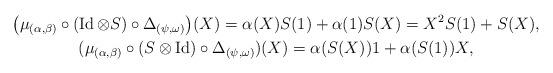
LaTeX: \begin{gather*}\big( \mu _{(\alpha ,\beta )}\circ ( \operatorname{Id}\otimes S ) \circ\Delta _{(\psi ,\omega )}\big) (X) =\alpha (X)S ( 1 ) +\alpha ( 1 ) S(X) =X^{2}S (1 ) +S(X),\\ ( \mu _{(\alpha ,\beta )}\circ ( S\otimes \operatorname{Id} ) \circ\Delta _{(\psi ,\omega )} ) (X) =\alpha ( S (X ) ) 1+\alpha ( S ( 1 ) ) X,\end{gather*}